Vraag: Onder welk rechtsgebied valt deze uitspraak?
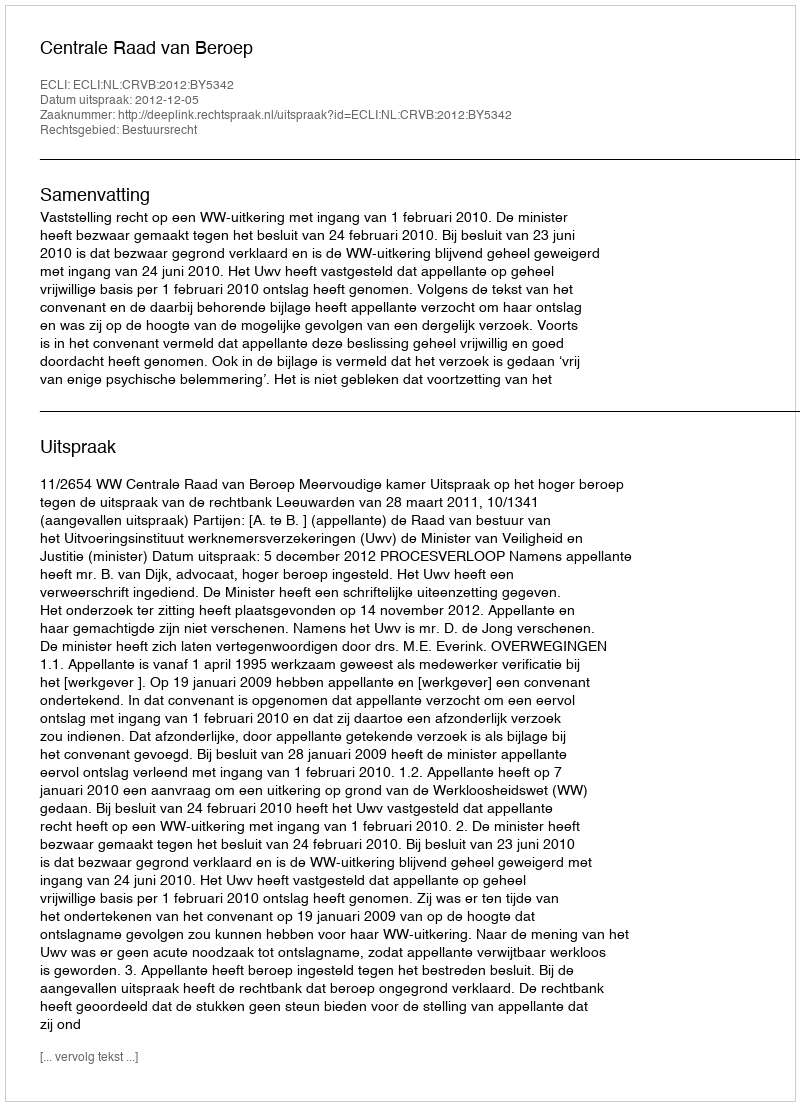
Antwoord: Bestuursrecht